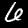
Digit: 6